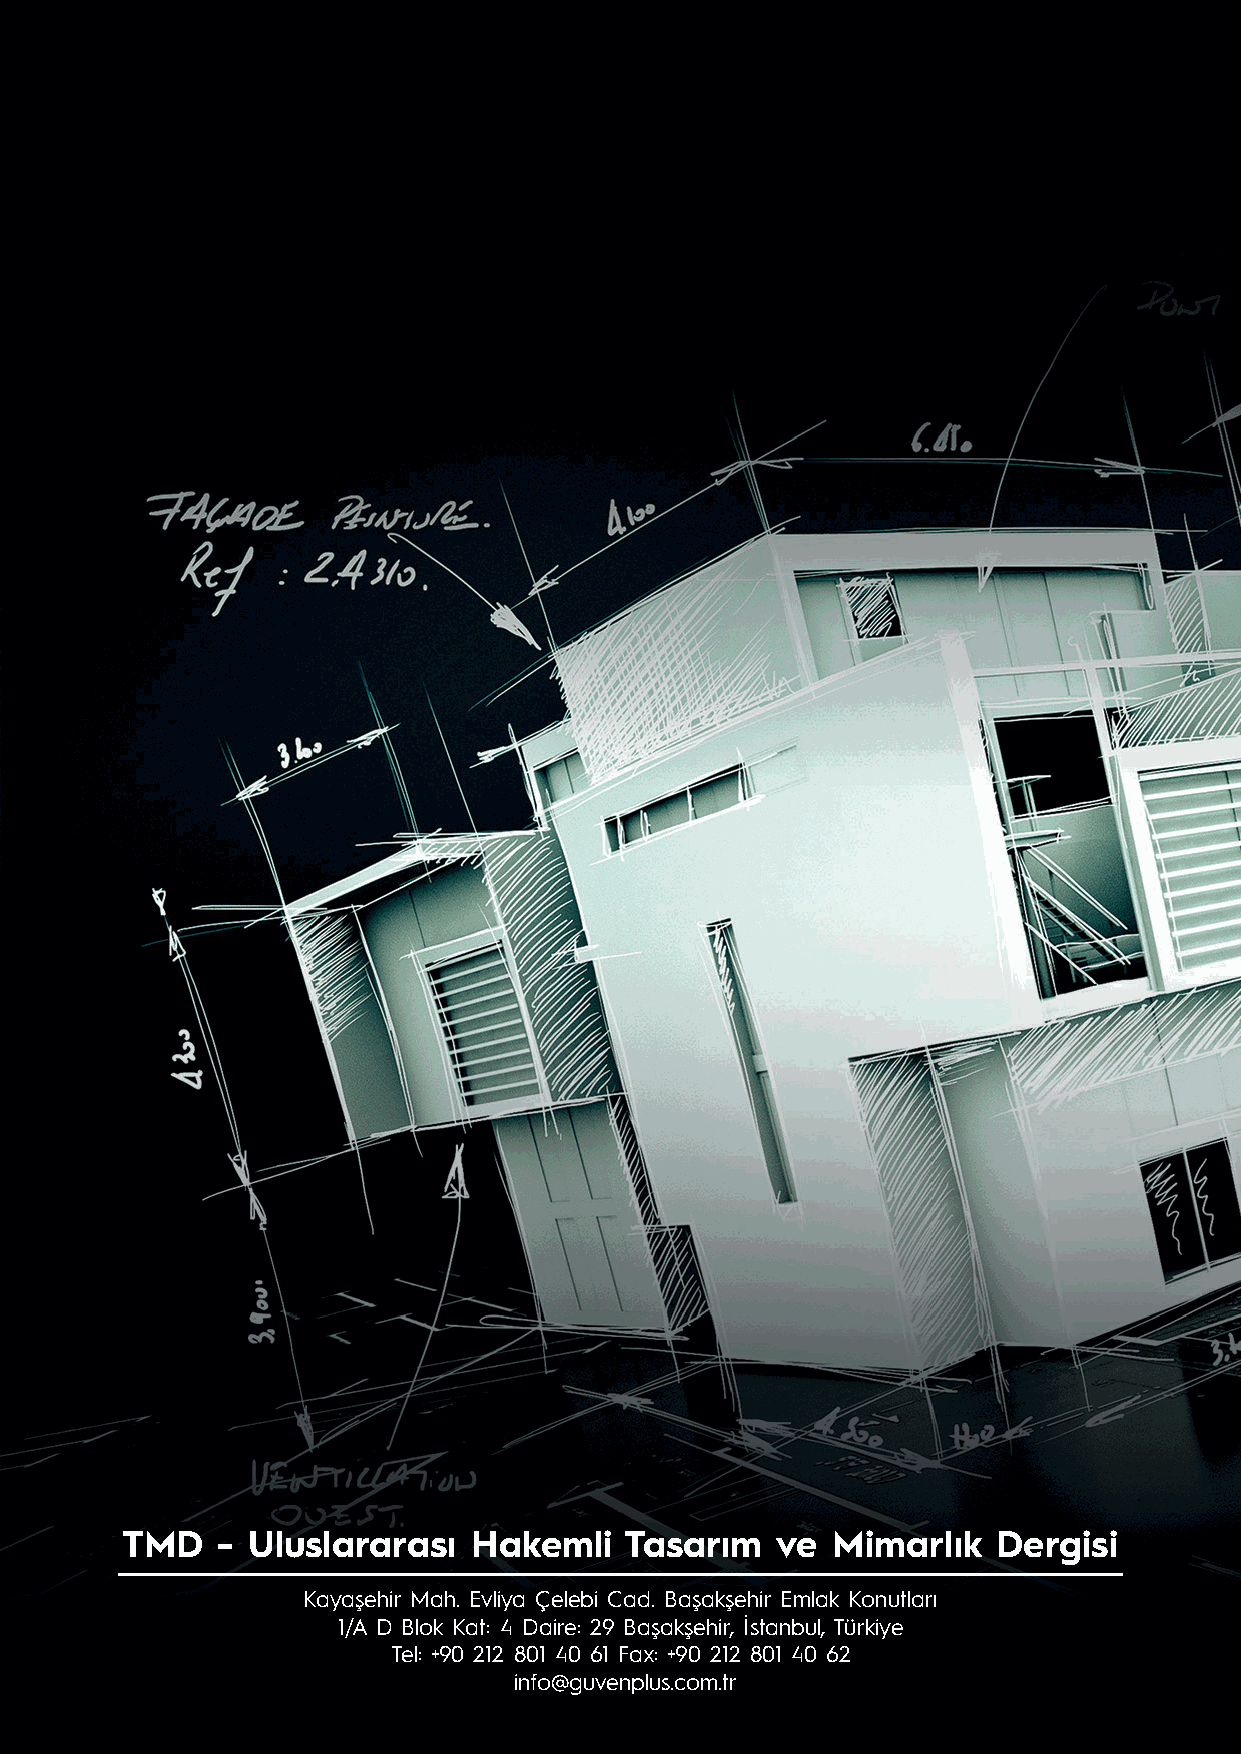
TMD   - Uluslararası   Hakemli   Tasarım   ve  Mimarlık   Dergisi
 Kayaşehir Mah. Evliya Çelebi Cad. Başakşehir Emlak Konutları
 1/A D Blok Kat: 4 Daire: 29 Başakşehir, İstanbul, Türkiye
 Tel: +90 212 801 40 61 Fax: +90 212 801 40 62
 info@guvenplus.com.tr